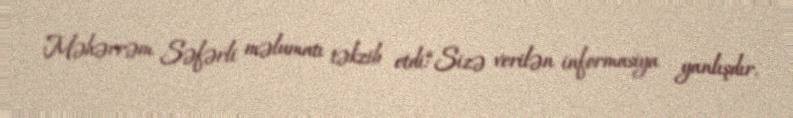
Məhərrəm Səfərli məlumatı təkzib etdi:“Sizə verilən informasiya yanlışdır.